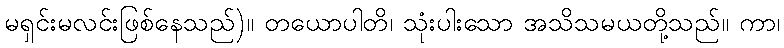
မရှင်းမလင်းဖြစ်နေသည်)။ တယောပါတိ၊ သုံးပါးသော အသိသမယတို့သည်။ ကာ၊